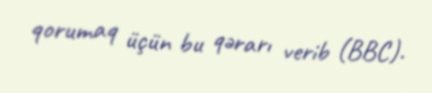
qorumaq üçün bu qərarı verib (BBC).